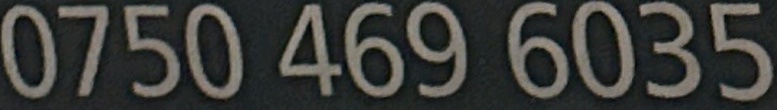
0750 469 6035